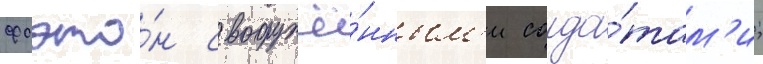
фаэто́н с вооружё́нным'и солда́там'и;